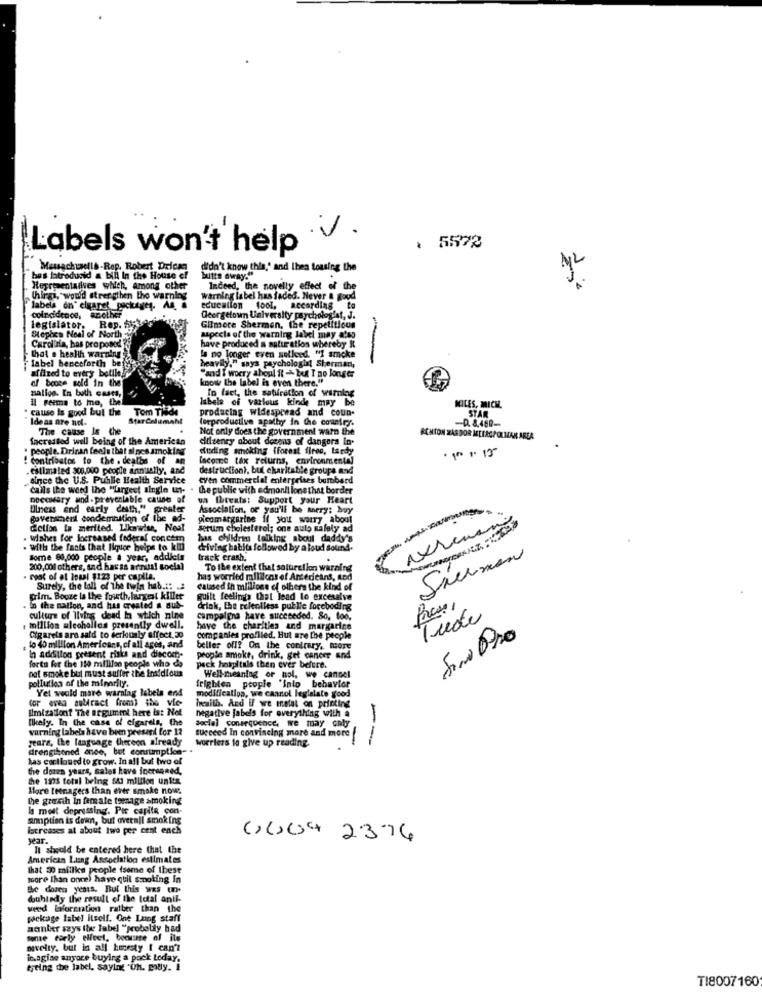
Labels won't help
: 5572
Massachuselle-Rop. Robert Delcan
didn't know this," and Ihea tousing the
bas latroducid a bill In the House er
butts away."
Representatives which, among other
Indeed, the novelly effect of the
Things, would strengthen the warning
warning label has faded. Never & good
labels on" cigaret packages. An.
another
education tool, according to
coincidence,
Georgetown University psychologist, J.
legislator.
Rep.
Gilmore Sherman, the repetitious
Carolina, bas proposed
Stephen Neal of North w
have produced a saturation whereby It
aspects of the warning label may also
that . health warning
label benceforth be
heavily." says psychologin! Sherman,
la no longer even noticed. "1 smoke
affixed to every botile!
"and I worry aboul it -- but I no longer
of bouge sold in the
know the label is even there."
Ballon. In both cases,
In fact, the saturation of warning
Il Feema to mo, the
labels of various kinde may be
" cause is good but the
Tom Tilde
producing widespread and coun-
MILES, MICH.
Ideas are no.
StarCelumaM
forproductive apathyy in the country.
STAR
The cause Is the
Not only does the government warn the
-. 8.480-
facrested well being of the American
diilsenry about dozens of dangers in.
ACHTON ZASDOR METROPOLIAN AREA
· people. Drinan feels that al nes smoking
duding smoking iforest fires, tardy
· 100 + 13º
! contributes to the . dealbs of an
Income tax returns, environmental
. callmated 300,000 people annually, and
destruction ?, bul charitable groups and
since the U.S. Public Health Service
"Ven commercial enterprises bombard
calls the weed the "Largest single ut- . the public with edmon !! lone that border
pocowary and- preventable cause of
ua Ihreats: Support your Heart
Ulness and early desth," greater
Association, or you'll be sorry: buy
government condemnation of the ad-
picomargarine if you worry about
---
Cellon ta merited. Likewise, Neal
serum cholesterol; one auto safely ad
. Wishes for locreased federal concem
has children talking about daddy's
e fants that liquice helps to kill
driving habits followed by a loud sound.
some 60,000 people a year, addieis
track crash.
Sieman
200,000 others, and hasss annual social
To the extent that solurelion warairg
· coat of at lowal 1123 per capita.
has worried millions of Antericant, Lod
Surely, the tall of the twin hab .:: ..
caused ih millions of others the kind of
prim. Booze la the fourth. largest killer
quilt feelimis that lead le excesalve
In the nation, and has created a sub-
drink, the relentless publie foreboding
Pacos,
culture of Ilving dead in which nine
campalgra have succeeded. So, too,
Tude
+ million alcoholics presently dwell.
have the charities and margarine
Cigarets are said to derkusly affect.30
companies profiled. Hut are the people
lo 40 million Americans, of all ages, and
beller off? On the contrary, more
forts for the 150 million people who do
in addition present risks and discoch-
people smoke, drink, get cancer and
not smoke but must suffer the insidious
pack hospitals then ever before.
pollution of the minority.
Well-meaning of nol, we cannel
Yel would mare warnlag labels end
frigbien people "into behavior
modification, we cannol legislate good
Cor eve sutract from) ite vie
Ulmizationt The argument here ist Not
iwaith. And If we metal on printing
negative jabels for everything with à
Ilkely. In the case of cigarels, the
social conarcochce, we may only
varning labela have been present for 12
succeed In convincing more and more
gears, the language thereon already
worriers to give up reading.
--
drengihoned anee, but consumption- .
Las cartlourd to grow. In all but two ol
the dores years, sales have inerenned,
the 1975 total being sti million units
Hore teenagers than ever smoke now
he growth in female teenage smoking
Is most depressing. Per capita con-
anoption is down, but overall smoking
increases at about Iwo per cent ench
year.
CLU4 2374
It should be entered here that the
American Lung Association estimates
that 30 millics people (some of these
toore lhan once) have quit smoking In
he dozen yens. But this was (-
doubledy the result of the total anti-
weed Wwforgratin rather than the
package label Itself. One Lung staff
manter szys the label "probelily bad
mme torly elfeet, beaume of ile
novelty, but in all honesty [ can't
imagine anyore buying a pack today.
tjeing the label, saying "Oh. gouy. 1
TI8007160